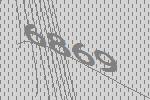
6869